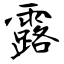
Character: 露